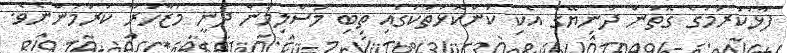
ފާޅުކުރުމުގެ ގޮތުން ދުނިޔޭގެ އެކި ކަންކޮޅުތަކުގައި ތިބި މުސްލިމުން ދަނީ މުޒާހަރާ ކުރަމުންނެވެ.